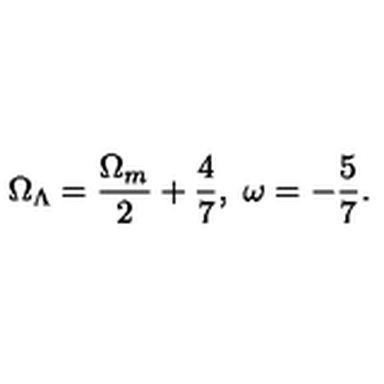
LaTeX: \Omega _ { \Lambda } = \frac { \Omega _ { m } } { 2 } + \frac { 4 } { 7 } , \ \omega = - \frac { 5 } { 7 } .